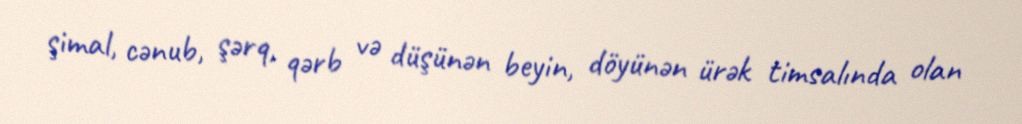
şimal, cənub, şərq, qərb və düşünən beyin, döyünən ürək timsalında olan